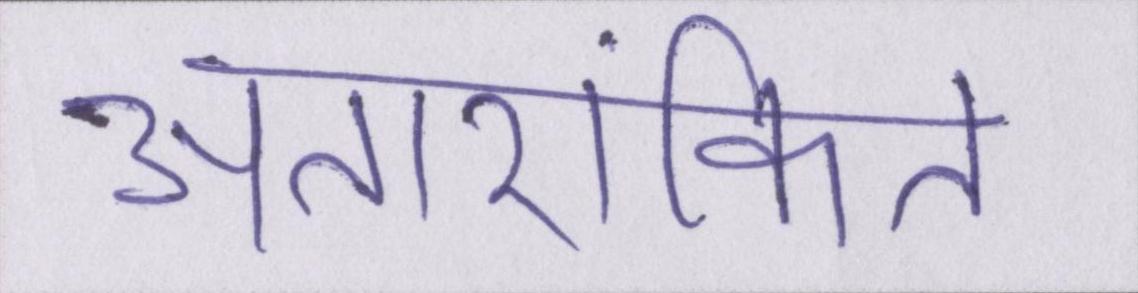
अतारांकित